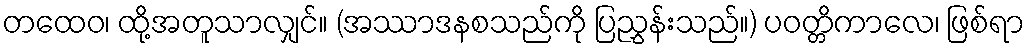
တထေဝ၊ ထို့အတူသာလျှင်။ (အဿာဒနစသည်ကို ပြညွှန်းသည်။) ပဝတ္တိကာလေ၊ ဖြစ်ရာ